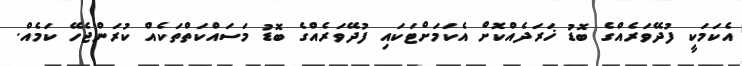
އެކަމަކީ ފުދޭވަރެއްގެ ބޮޑު ޚަރަދެއްކޮށް އެކަމަށްޓަކައި ފުދޭވަރެއްގެ ބޮޑު މަސައްކަތްތަކެއް ކުރަންޖެހޭ ކަމެއް.